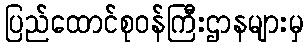
ပြည်ထောင်စုဝန်ကြီးဌာနများမှ